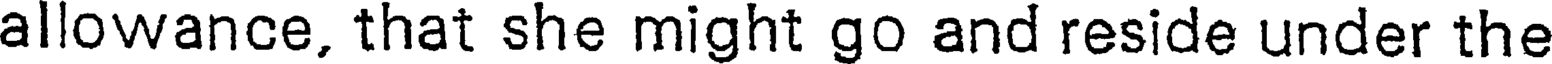
allowance, that she might go and reside under the